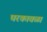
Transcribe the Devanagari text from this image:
घरकावळा